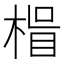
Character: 𭪽